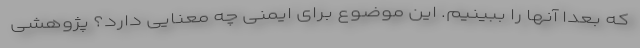
که بعدا آنها را ببینیم. این موضوع برای ایمنی چه معنایی دارد؟ پژوهشی